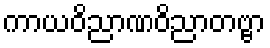
ကာယဝိညာဏဝိညာတဗ္ဗာ